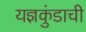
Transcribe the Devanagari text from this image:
यज्ञकुंडाची